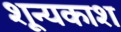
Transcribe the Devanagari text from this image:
शून्यकाश